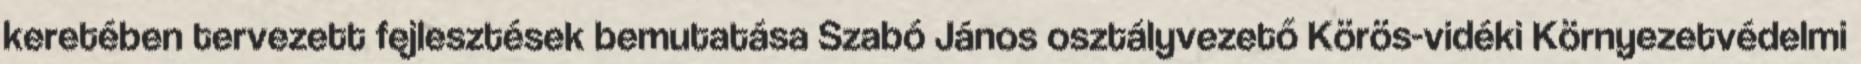
keretében tervezett fejlesztések bemutatása Szabó János osztályvezető Körös-vidéki Környezetvédelmi